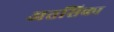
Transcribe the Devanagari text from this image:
अतसिका